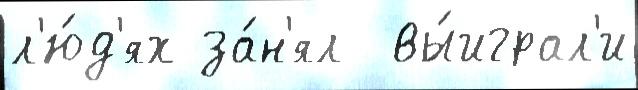
л'ю́д'ях за́н'ял  вы́играл'и